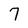
Character: 7